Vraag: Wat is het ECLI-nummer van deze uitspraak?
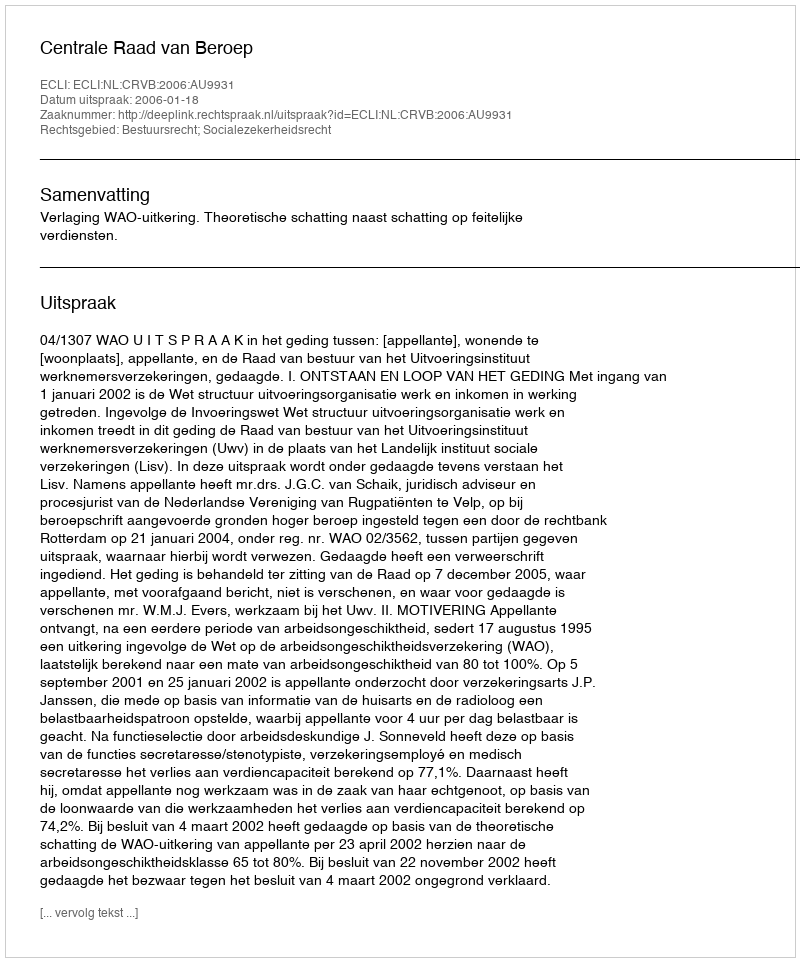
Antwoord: ECLI:NL:CRVB:2006:AU9931